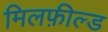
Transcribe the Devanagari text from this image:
मिलफ़ील्ड